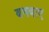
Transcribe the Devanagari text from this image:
बनबाए